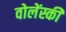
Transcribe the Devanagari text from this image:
वोलेंस्की